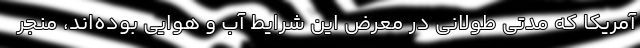
آمریکا که مدتی طولانی در معرض این شرایط آب و هوایی بوده‌اند، منجر